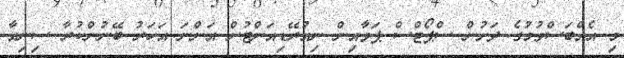
މި އެއްބަސްވުމުގެ ދަށުން ސްޕޯޓްސް ޕަވާއިން ނިއުރޭޑިއަންޓުން އަންނަ އަހަރު ބޭނުންކުރާ ސިނިއާ